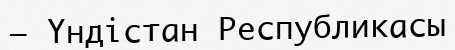
– Үндістан Республикасы